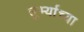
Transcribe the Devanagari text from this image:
तुर्भ्याच्या